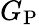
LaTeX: G_{\mathrm{P}}